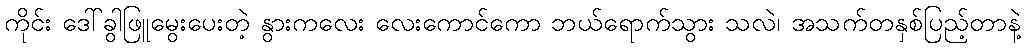
ကိုင်း ဒေါ်ခွါဖြူမွေးပေးတဲ့ နွားကလေး လေးကောင်ကော ဘယ်ရောက်သွား သလဲ၊ အသက်တနှစ်ပြည့်တာနဲ့